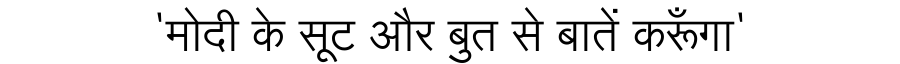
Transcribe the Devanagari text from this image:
'मोदी के सूट और बुत से बातें करूँगा'